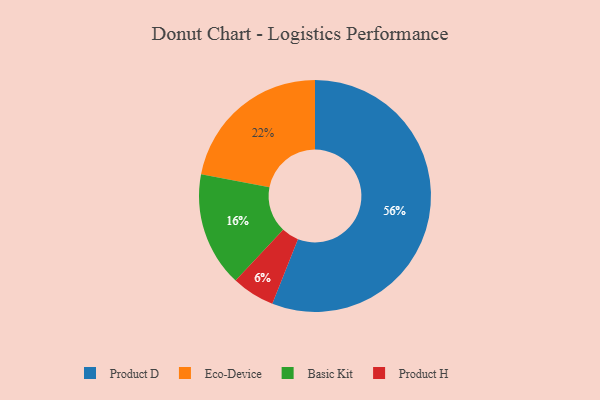
{"axis": {"x": "Category", "y": "Percentage"}, "legend": ["Basic Kit", "Eco-Device", "Product D", "Product H"], "data": [{"x": "Product D", "y": 56, "type": "Product D"}, {"x": "Basic Kit", "y": 16, "type": "Basic Kit"}, {"x": "Eco-Device", "y": 22, "type": "Eco-Device"}, {"x": "Product H", "y": 6, "type": "Product H"}]}